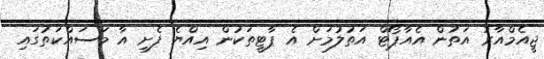
ޖީއެމްއާރު އަތުން އެއާޕޯޓް އަތުލުމަށް އެ ޕާޓީތަކުން އިއްޔެ ފެށި އާ މަސައްކަތުގައި